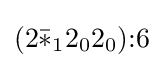
(2{\bar {*}}_{1}2_{0}2_{0}){:}6